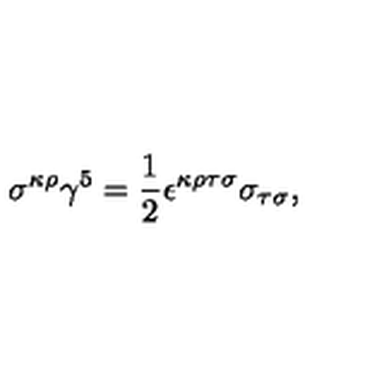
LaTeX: \sigma ^ { \kappa \rho } \gamma ^ { 5 } = \frac { 1 } { 2 } \epsilon ^ { \kappa \rho \tau \sigma } \sigma _ { \tau \sigma } ,